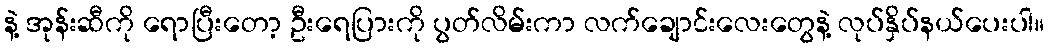
နဲ့ အုန်းဆီကို ရောပြီးတော့ ဦးရေပြားကို ပွတ်လိမ်းကာ လက်ချောင်းလေးတွေနဲ့ လုပ်နှိပ်နယ်ပေးပါ။